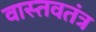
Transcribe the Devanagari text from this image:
वास्तवतंत्र